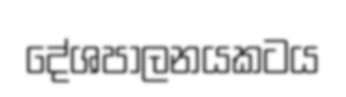
දේශපාලනයකටය